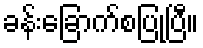
ခန်းခြောက်စပြုပြီ။